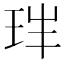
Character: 𤤓